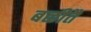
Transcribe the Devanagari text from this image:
बळीतै